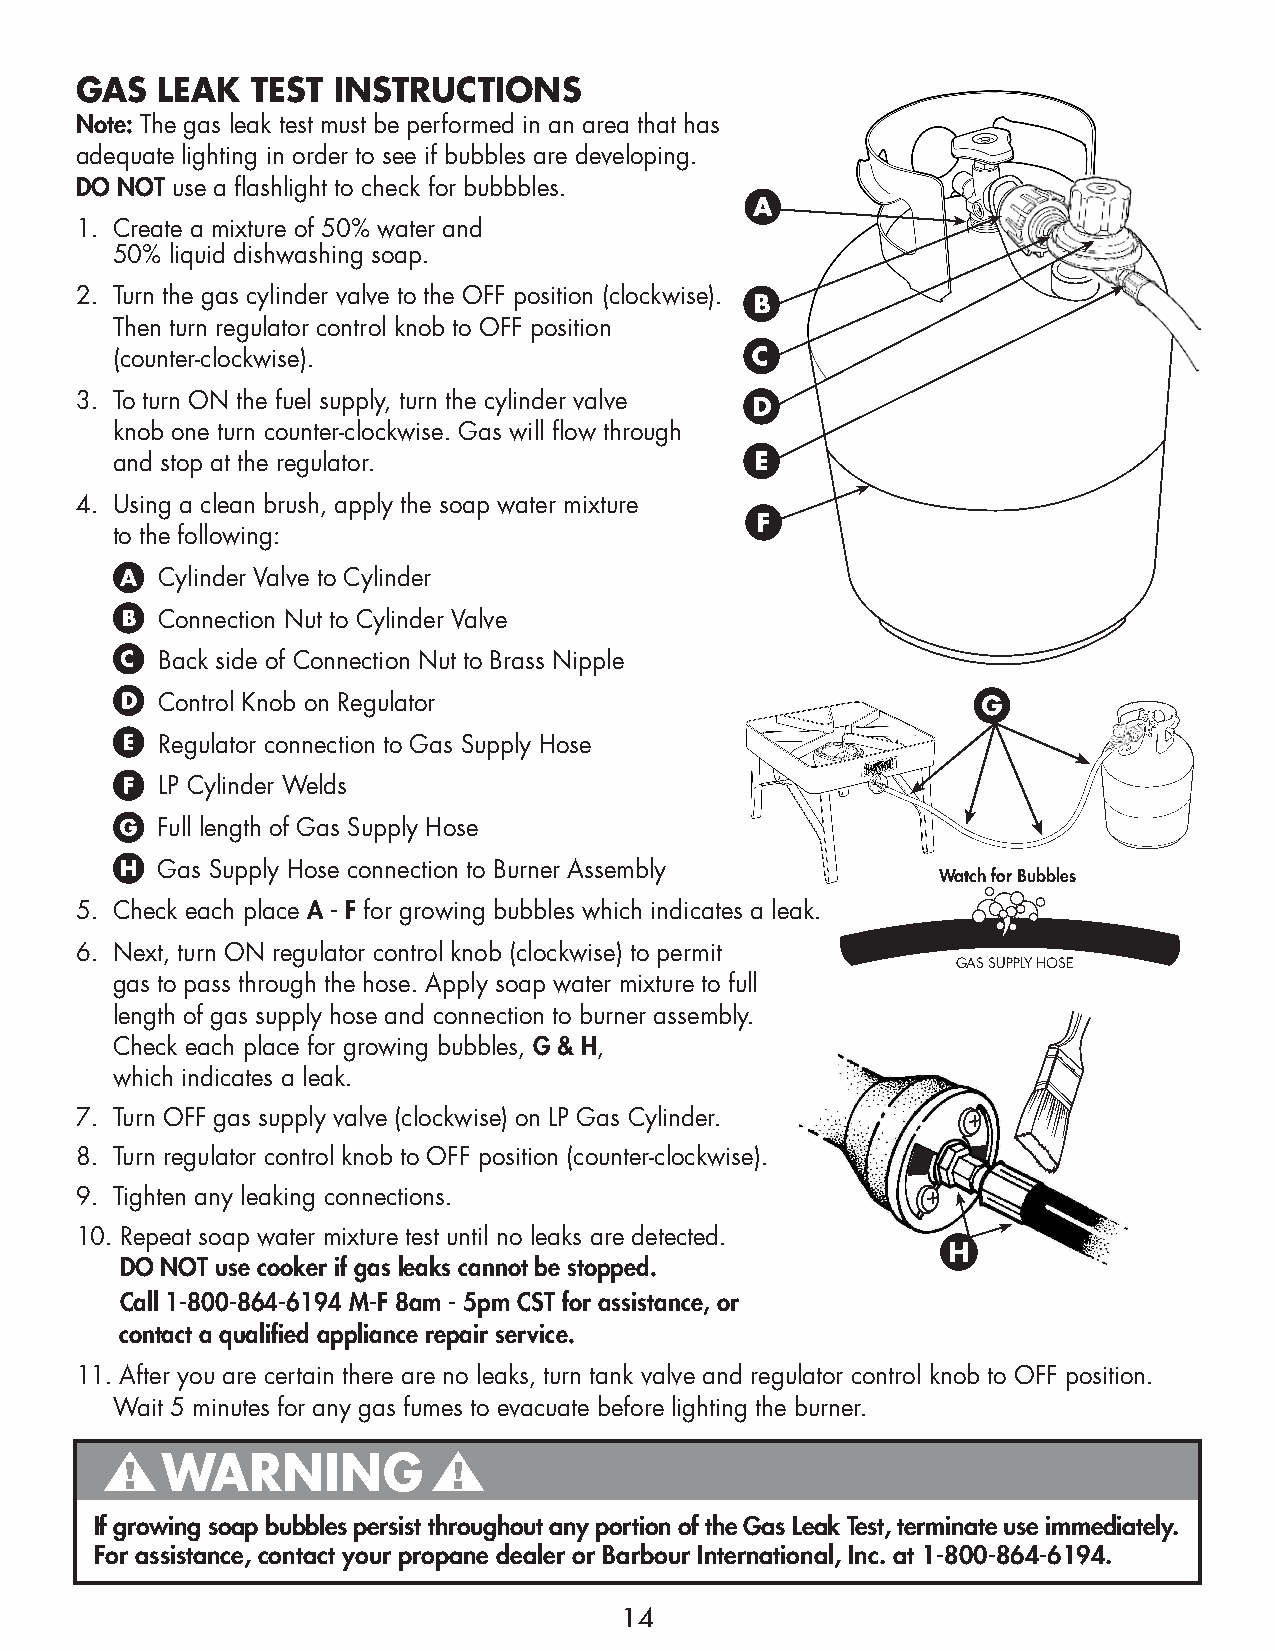
GAS  LEAK   TEST INSTRUCTIONS
 Note: The gas leak test must be performed in an area that has
 adequate lighting in order to see if bubbles are developing.
 DO NOT use a flashlight to check for bubbbles.
 1. Create a mixture of 50% water and
 50% liquid dishwashing soap.
 2. Turn the gas cylinder valve to the OFF position (clockwise).
 Then turn regulator control knob to OFF position
 (counter-clockwise).
 3. To turn ON the fuel supply, turn the cylinder valve
 knob one turn counter-clockwise. Gas will flow through
 and stop at the regulator.
 4. Using a clean brush, apply the soap water mixture
 to the following:
 Cylinder Valve to Cylinder
 Connection Nut to Cylinder Valve
 Back side of Connection Nut to Brass Nipple
 Control Knob on Regulator
 Regulator connection to Gas Supply Hose
 LP Cylinder Welds
 Full length of Gas Supply Hose
 Gas Supply Hose connection to Burner Assembly
 Watch for Bubbles
 5. Check each place A - F for growing bubbles which indicates a leak.
 6. Next, turn ON regulator control knob (clockwise) to permit
 GAS SUPPLY HOSE
 gas to pass through the hose. Apply soap water mixture to full
 length of gas supply hose and connection to burner assembly.
 Check each place for growing bubbles, G & H,
 which indicates a leak.
 7. Turn OFF gas supply valve (clockwise) on LP Gas Cylinder.
 8. Turn regulator control knob to OFF position (counter-clockwise).
 9. Tighten any leaking connections.
 10. Repeat soap water mixture test until no leaks are detected.
 DO NOT use cooker if gas leaks cannot be stopped.
 Call 1-800-864-6194 M-F 8am - 5pm CST for assistance, or
 contact a qualified appliance repair service.
 11. After you are certain there are no leaks, turn tank valve and regulator control knob to OFF position.
 Wait 5 minutes for any gas fumes to evacuate before lighting the burner.
 WARNING
 If growing soap bubbles persist throughout any portion of the Gas Leak Test, terminate use immediately.
 For assistance, contact your propane dealer or Barbour International, Inc. at 1-800-864-6194.
 14